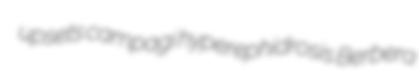
upsets campagi hyperephidrosis Berbera